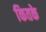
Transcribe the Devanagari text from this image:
कितके